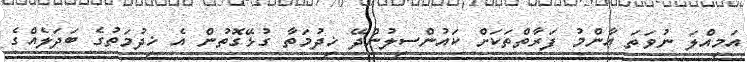
އަމިއްލަ ނުވަތަ ޢާންމު ފަރާތްތަކަށް ކައުންސިލުންދޭ ޚިދުމަތާ ގުޅޭގޮތުން އެ ޚިދުމަތުގެ ބަދަލެއްގެ